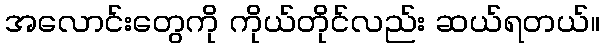
အလောင်းတွေကို ကိုယ်တိုင်လည်း ဆယ်ရတယ်။